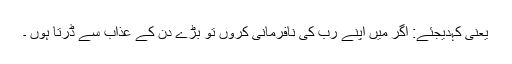
یعنی کہدیجئے: اگر میں اپنے رب کی نافرمانی کروں تو بڑے دن کے عذاب سے ڈرتا ہوں ۔